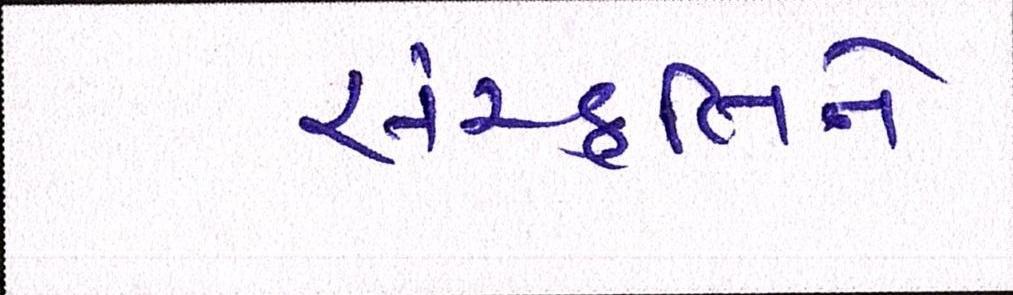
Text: સંસ્કૃતિને